Civil Veterinary Department. Madras. Admin. report 1926-33 - 1926-1933
Year: 1926
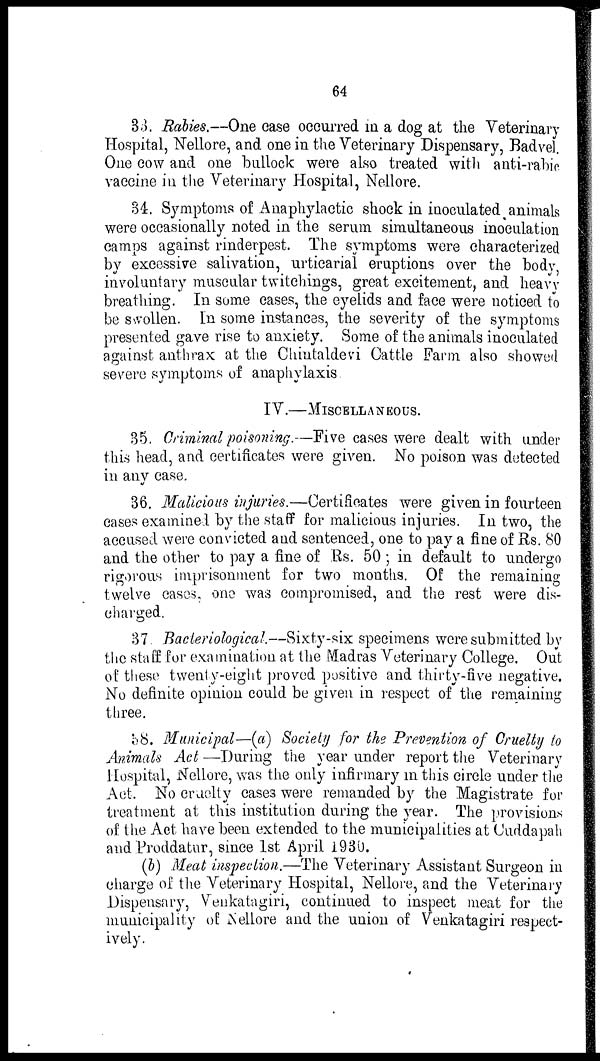
64
33. Rabies.—One case occurred in a dog at the Veterinary
Hospital, Nellore, and one in the Veterinary Dispensary, Badvel.
One cow and one bullock were also treated with anti-rabic
vaccine in the Veterinary Hospital, Nellore.
34. Symptoms of Anaphylactic shock in inoculated animals
were occasionally noted in the serum simultaneous inoculation
camps against rinderpest. The symptoms were characterized
by excessive salivation, urticarial eruptions over the body,
involuntary muscular twitchings, great excitement, and heavy
breathing. In some cases, the eyelids and face were noticed to
be swollen. In some instances, the severity of the symptoms
presented gave rise to anxiety. Some of the animals inoculated
against anthrax at the Chintaldevi Cattle Farm also showed
severe symptoms of anaphylaxis.
IV.—MISCELLANEOUS.
35. Criminal poisoning.—Five cases were dealt with under
this head, and certificates were given. No poison was detected
in any case.
36. Malicious injuries.—Certificates were given in fourteen
cases examined by the staff for malicious injuries. In two, the
accused were convicted and sentenced, one to pay a fine of Rs. 80
and the other to pay a fine of Rs. 50; in default to undergo
rigorous imprisonment for two months. Of the remaining
twelve cases, one was compromised, and the rest were dis-
charged.
37. Bacteriological.—Sixty-six specimens were submitted by
the staff for examination at the Madras Veterinary College. Out
of these twenty-eight proved positive and thirty-five negative.
No definite opinion could be given in respect of the remaining
three.
38. Municipal—(a) Society for the Prevention of Cruelty to
Animals Act—During the year under report the Veterinary
Hospital, Nellore, was the only infirmary in this circle under the
Act. No cruelty cases were remanded by the Magistrate for
treatment at this institution during the year. The provisions
of the Act have been extended to the municipalities at Cuddapah
and Proddatur, since 1st April 1930.
(b) Meat inspection.—The Veterinary Assistant Surgeon in
charge of the Veterinary Hospital, Nellore, and the Veterinary
Dispensary, Venkatagiri, continued to inspect meat for the
municipality of Nellore and the union of Venkatagiri respect-
ively.